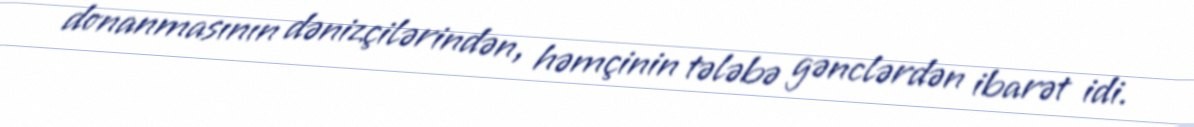
donanmasının dənizçilərindən, həmçinin tələbə gənclərdən ibarət idi.